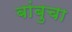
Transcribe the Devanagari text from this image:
बांबुचा